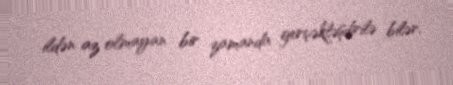
ildən az olmayan bir zamanda gerçəkləşdirilə bilər.